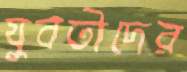
যুবতীদের